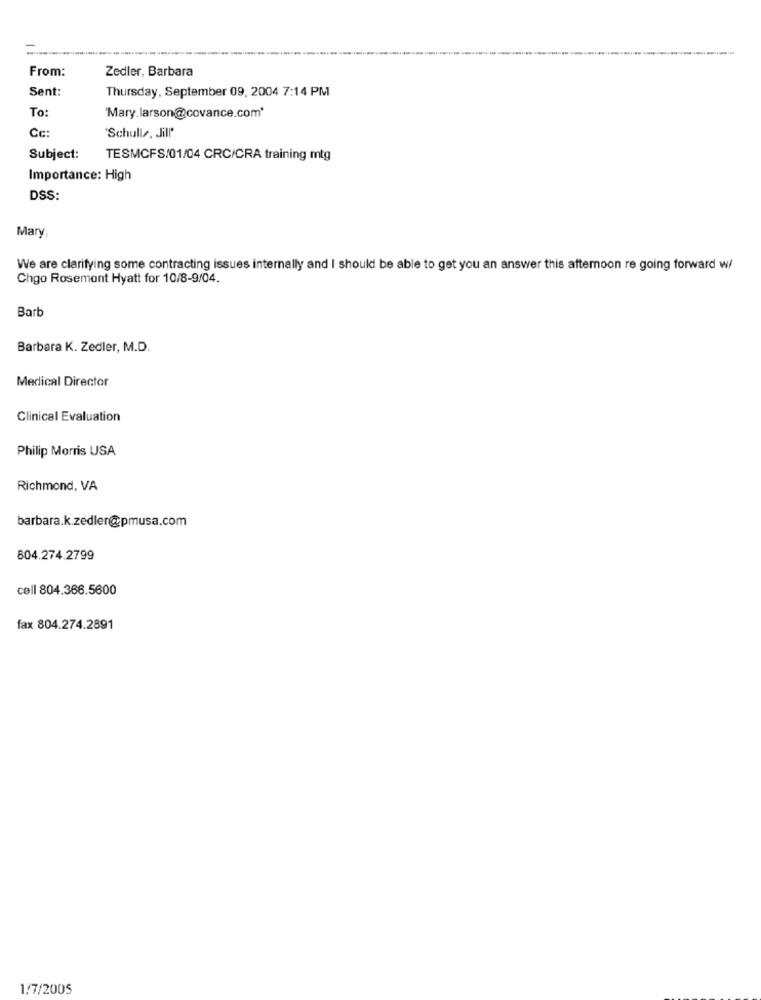
Zedler, Barbara
From:
Sent:
Thursday, September 09, 2004 7:14 PM
To:
Mary. larson@covance.com'
Cc:
'Schulle, Jill'
Subject:
TESMCFS/01/04 CRC/CRA training mtg
Importance: High
DSS:
Mary
We are clarifying some contracting issues internally and I should be able to get you an answer this afternoon re going forward w/
Chgo Rosemont Hyatt for 10/8-9/04.
Barb
Barbara K. Zedler, M.D.
Medical Director
Clinical Evaluation
Philip Morris USA
Richmond, VA
barbara.k.zedler@pmusa.com
804.274.2799
cell 804.366.5600
fax 804.274.2891
1/7/2005